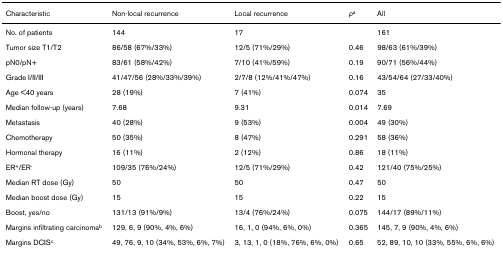
<table><thead><tr><td><b>Characteristic</b></td><td><b>Non-local recurrence</b></td><td><b>Local recurrence</b></td><td><b><i>p</i><sup>a</sup></b></td><td><b>All</b></td></tr></thead><tbody><tr><td>No. of patients</td><td>144</td><td>17</td><td></td><td>161</td></tr><tr><td>Tumor size T1/T2</td><td>86/58 (67%/33%)</td><td>12/5 (71%/29%)</td><td>0.46</td><td>98/63 (61%/39%)</td></tr><tr><td>pN0/pN+</td><td>83/61 (58%/42%)</td><td>7/10 (41%/59%)</td><td>0.19</td><td>90/71 (56%/44%)</td></tr><tr><td>Grade I/II/III</td><td>41/47/56 (28%/33%/39%)</td><td>2/7/8 (12%/41%/47%)</td><td>0.16</td><td>43/54/64 (27/33/40%)</td></tr><tr><td>Age &lt;40 years</td><td>28 (19%)</td><td>7 (41%)</td><td>0.074</td><td>35</td></tr><tr><td>Median follow-up (years)</td><td>7.68</td><td>9.31</td><td>0.014</td><td>7.69</td></tr><tr><td>Metastasis</td><td>40 (28%)</td><td>9 (53%)</td><td>0.004</td><td>49 (30%)</td></tr><tr><td>Chemotherapy</td><td>50 (35%)</td><td>8 (47%)</td><td>0.291</td><td>58 (36%)</td></tr><tr><td>Hormonal therapy</td><td>16 (11%)</td><td>2 (12%)</td><td>0.86</td><td>18 (11%)</td></tr><tr><td>ER<sup>+</sup>/ER<sup>-</sup></td><td>109/35 (76%/24%)</td><td>12/5 (71%/29%)</td><td>0.42</td><td>121/40 (75%/25%)</td></tr><tr><td>Median RT dose (Gy)</td><td>50</td><td>50</td><td>0.47</td><td>50</td></tr><tr><td>Median boost dose (Gy)</td><td>15</td><td>15</td><td>0.22</td><td>15</td></tr><tr><td>Boost, yes/no</td><td>131/13 (91%/9%)</td><td>13/4 (76%/24%)</td><td>0.075</td><td>144/17 (89%/11%)</td></tr><tr><td>Margins infiltrating carcinoma<sup>b</sup></td><td>129, 6, 9 (90%, 4%, 6%)</td><td>16, 1, 0 (94%, 6%, 0%)</td><td>0.365</td><td>145, 7, 9 (90%, 4%, 6%)</td></tr><tr><td>Margins DCIS<sup>c</sup></td><td>49, 76, 9, 10 (34%, 53%, 6%, 7%)</td><td>3, 13, 1, 0 (18%, 76%, 6%, 0%)</td><td>0.65</td><td>52, 89, 10, 10 (33%, 55%, 6%, 6%)</td></tr></tbody></table>